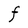
Character: F